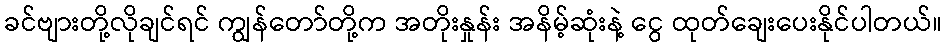
ခင်ဗျားတို့လိုချင်ရင် ကျွန်တော်တို့က အတိုးနှုန်း အနိမ့်ဆုံးနဲ့ ငွေ ထုတ်ချေးပေးနိုင်ပါတယ်။